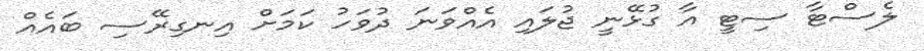
ލެސްޓާ ސިޓީ އާ ގުޅޭނީ ޖުލައި އެއްވަނަ ދުވަހު ކަމަށް އިނގިރޭސި ބައެއް